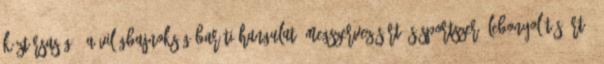
Köztársaság, "a világbajnokság baráti hangulatú megszervezésért és sportszerű lebonyolításáért".